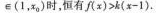
\epsilon (1，x_{0})时，恒有f(x)>k(x-1)。